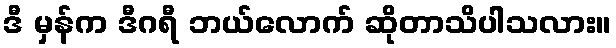
ဒီ မှန်က ဒီဂရီ ဘယ်လောက် ဆိုတာသိပါသလား။